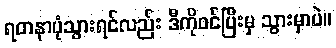
ရတနာပုံသွားရင်လည်း ဒီကိုဝင်ပြီးမှ သွားမှာပဲ။